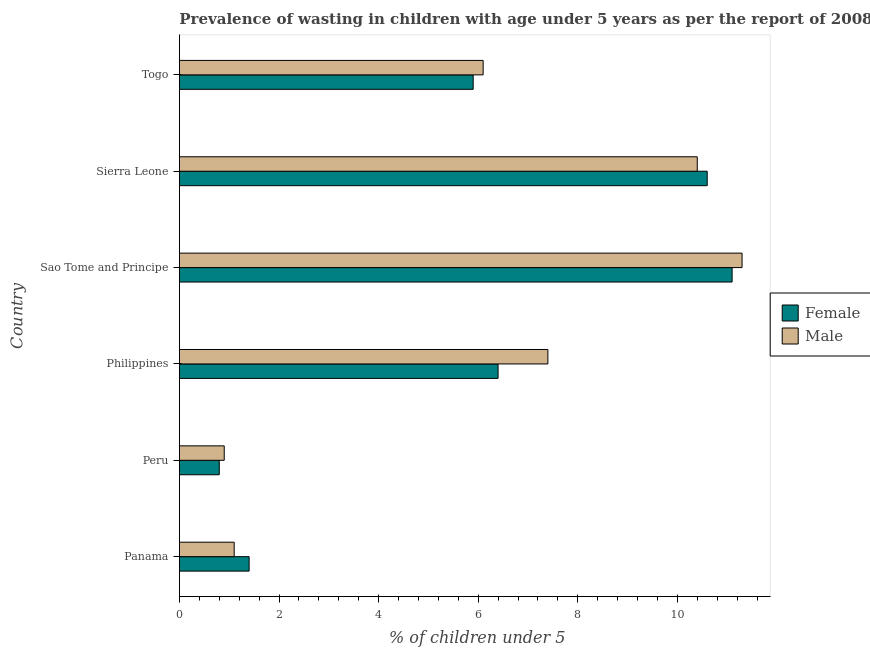
| Country | Female | Male |
 | --- | --- | --- |
 | Panama | 1.4 | 1.1 |
 | Peru | 0.8 | 0.9 |
 | Philippines | 6.4 | 7.4 |
 | Sao Tome and Principe | 11.1 | 11.3 |
 | Sierra Leone | 10.6 | 10.4 |
 | Togo | 5.9 | 6.1 |